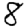
Digit: 8